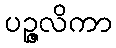
ပဉ္ဇလိကာ